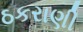
ઠકરાણી